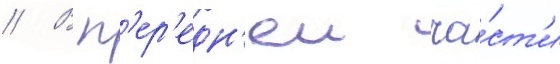
// В п'ер'едн'еи ча́ст'и